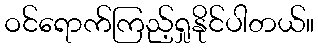
ဝင်ရောက်ကြည့်ရှုနိုင်ပါတယ်။